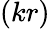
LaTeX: (kr)